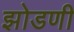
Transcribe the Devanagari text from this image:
झोडणी